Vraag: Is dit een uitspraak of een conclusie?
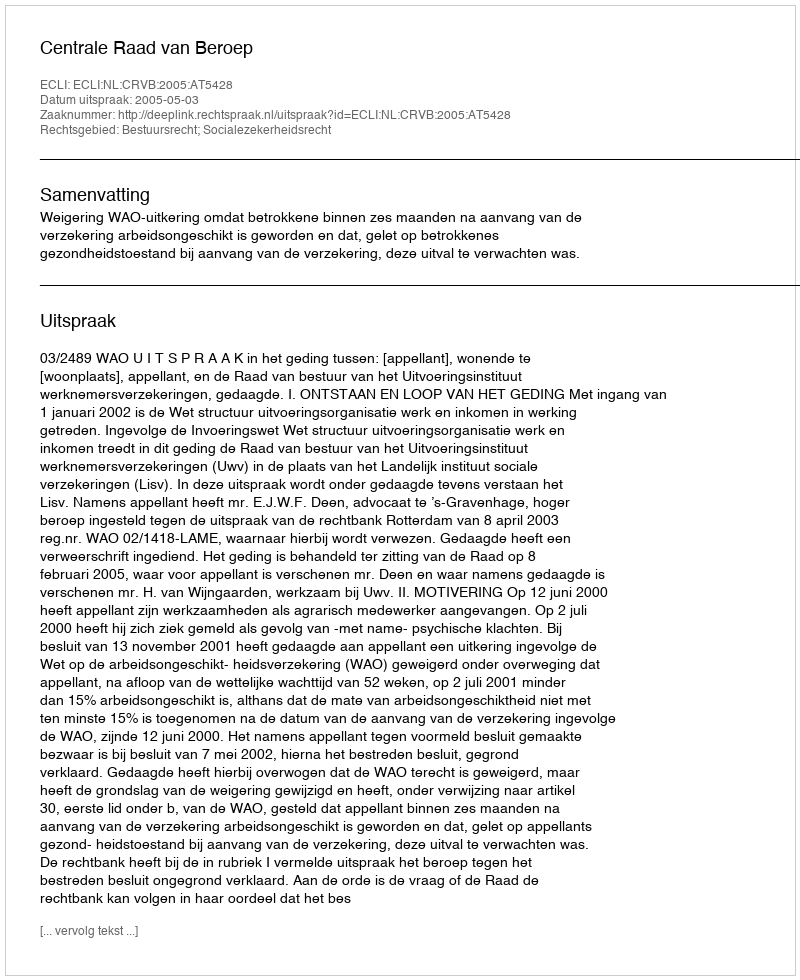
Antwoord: Uitspraak